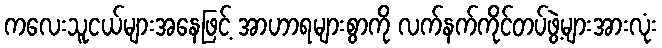
ကလေးသူငယ်များအနေဖြင့် အာဟာရများစွာကို လက်နက်ကိုင်တပ်ဖွဲ့များအားလုံး